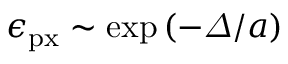
\epsilon _ { \mathrm { p x } } \sim \exp \left( - \varDelta / a \right)